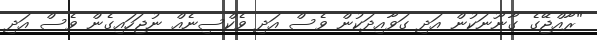
"ރާއްޖޭގެ ގާނޫނަކުން އަދި ގަވާއިދަކުން ވެސް އަދި ވެކްސިނެއް ނުޖަހައިގެން ވެސް އަދި